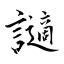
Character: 讁